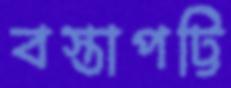
বস্তাপট্টি